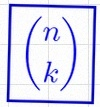
\binom{n}{k}